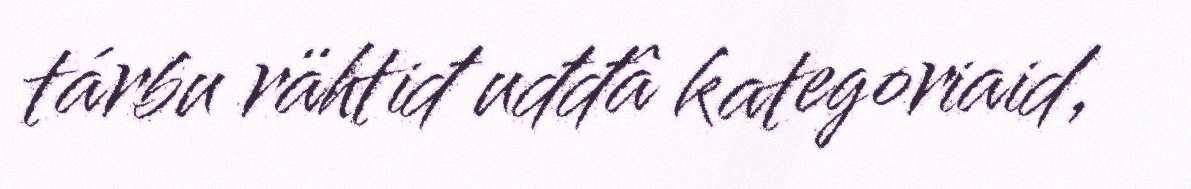
tárbu rähtiđ uđđâ kategoriaid,